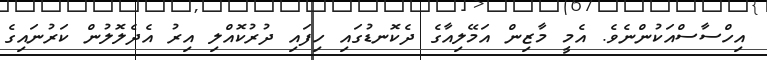
އިހްސާސްއަކުންނެވެ. އެމީ މާޒިން އަމޭލިއާގެ ދެކޮނޑުގައި ހިފައި ދުރުކޮއްލި އިރު އެދެލޮލުން ކަރުނައިގެ